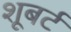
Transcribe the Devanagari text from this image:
शूबर्ट